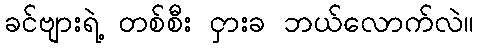
ခင်ဗျားရဲ့ တစ်စီး ငှားခ ဘယ်လောက်လဲ။